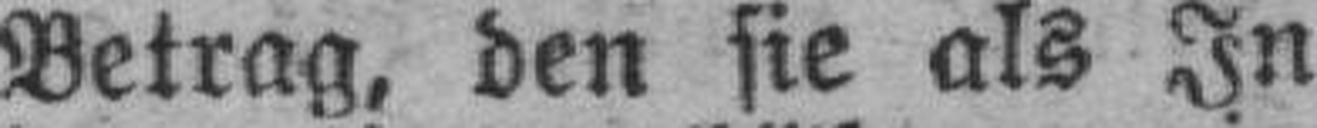
Betrag, den sie als In